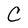
Character: C